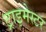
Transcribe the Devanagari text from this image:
ट्राइमेस्टर